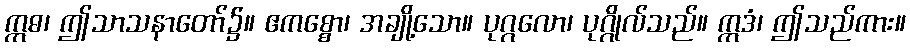
ဣဓ၊ ဤသာသနာတော်၌။ ဧကစ္စော၊ အချို့သော။ ပုဂ္ဂလော၊ ပုဂ္ဂိုလ်သည်။ ဣဒံ၊ ဤသည်ကား။